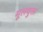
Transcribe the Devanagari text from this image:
मूलयुक्त